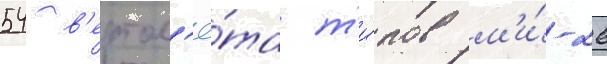
54 в'ертол'ё́та т'и́пов м'и́-26